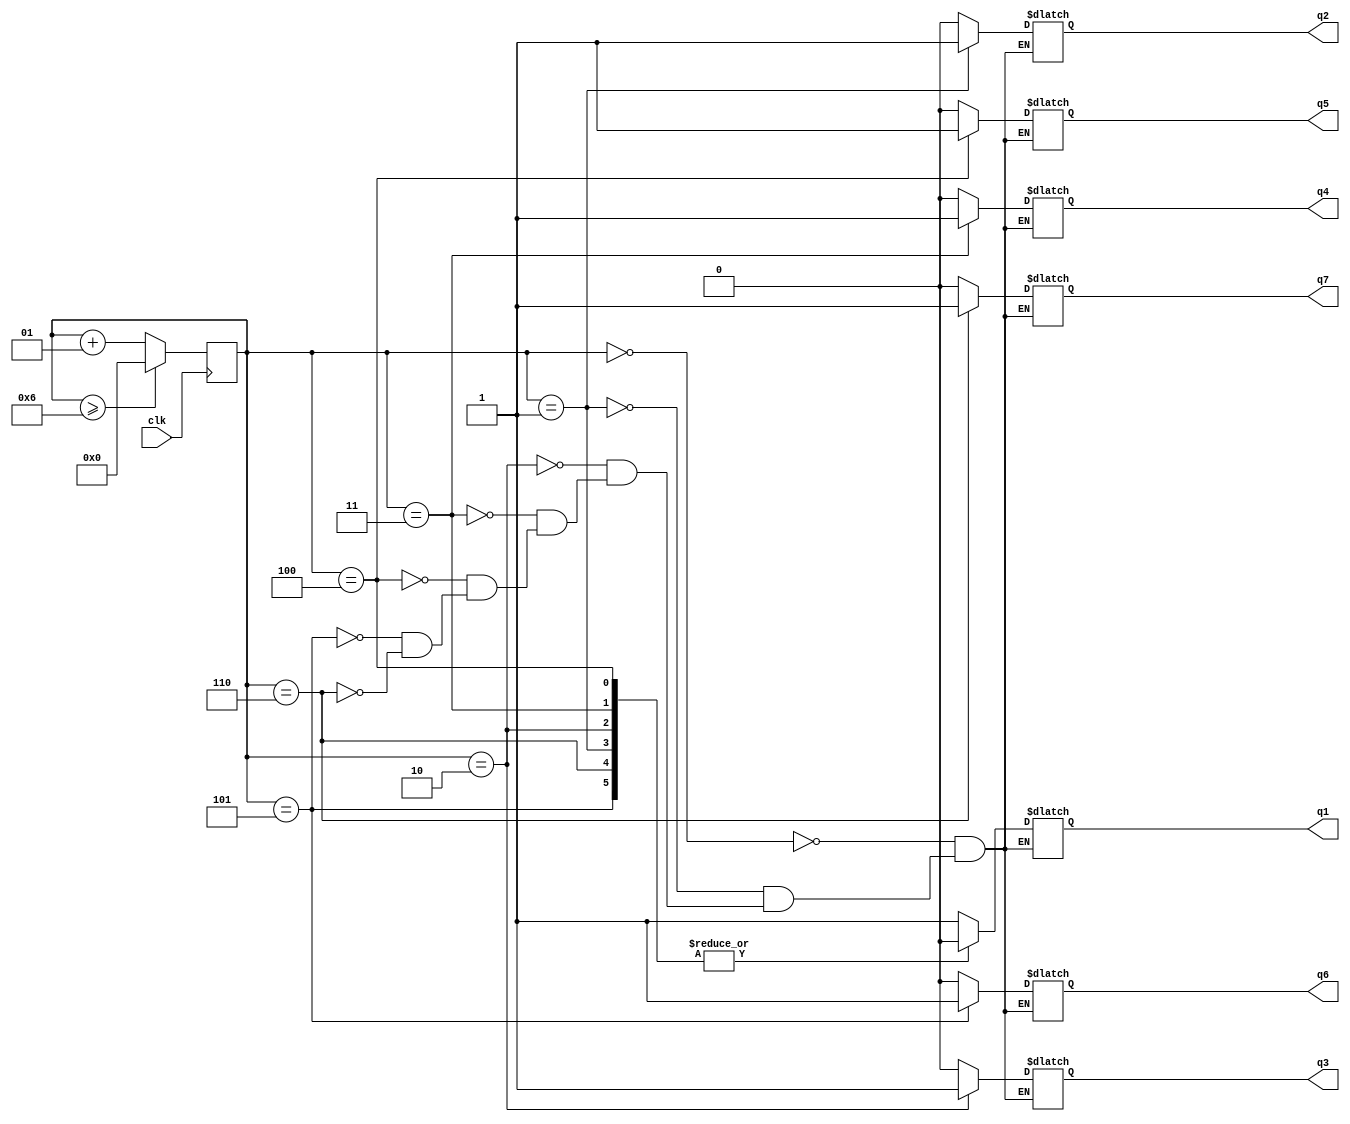
module jiepai(
    input clk,
    output q1,
    output q2,
    output q3,
    output q4,
    output q5,
    output q6,
    output q7
    );
    reg q1, q2, q3, q4,q5,q6,q7;
    integer cnt=0;
    always @(posedge clk)
    begin
    if (cnt >= 6) begin cnt <= 0; end
    else begin cnt = cnt + 1; end
    end
    always @(*)
    begin
        case(cnt)
        0:begin {q1, q2, q3, q4,q5,q6,q7} = 7'b1000000; end
        1:begin {q1, q2, q3, q4,q5,q6,q7} = 7'b0100000; end
        2:begin {q1, q2, q3, q4,q5,q6,q7} = 7'b0010000; end
        3:begin {q1, q2, q3, q4,q5,q6,q7} = 7'b0001000; end
        4:begin {q1, q2, q3, q4,q5,q6,q7} = 7'b0000100; end
        5:begin {q1, q2, q3, q4,q5,q6,q7} = 7'b0000010; end
        6:begin {q1, q2, q3, q4,q5,q6,q7} = 7'b0000001; end
        endcase
    end
        
endmodule